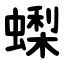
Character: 蟍